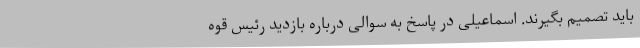
باید تصمیم بگیرند. اسماعیلی در پاسخ به سوالی درباره بازدید رئیس قوه